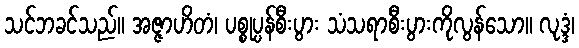
သင်ဘခင်သည်။ အဇ္ဇာဟိတံ၊ ပစ္စုပ္ပန်စီးပွား သံသရာစီးပွားကိုလွန်သော။ လုဒ္ဒံ၊